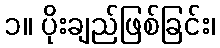
၁။ ပိုးချည်ဖြစ်ခြင်း၊